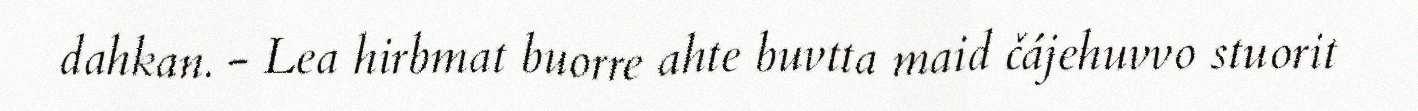
dahkan. - Lea hirbmat buorre ahte buvtta maid čájehuvvo stuorit